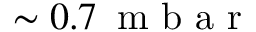
\sim 0 . 7 \, \mathrm { ~ m ~ b ~ a ~ r ~ }